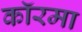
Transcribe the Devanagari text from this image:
कॉरमा